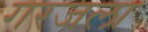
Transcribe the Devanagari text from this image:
गरजला